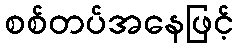
စစ်တပ်အနေဖြင့်